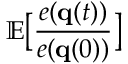
\mathbb { E } \big [ \frac { e ( { \bf q } ( t ) ) } { e ( { \bf q } ( 0 ) ) } \big ]